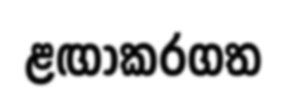
ළඟාකරගත